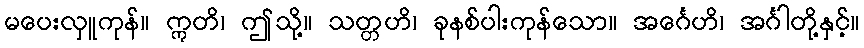
မပေးလှူကုန်။ ဣတိ၊ ဤသို့။ သတ္တဟိ၊ ခုနစ်ပါးကုန်သော။ အင်္ဂေဟိ၊ အင်္ဂါတို့နှင့်။